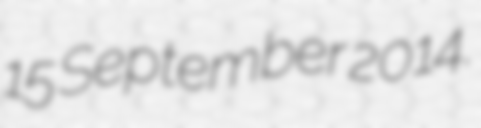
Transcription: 15 September 2014.